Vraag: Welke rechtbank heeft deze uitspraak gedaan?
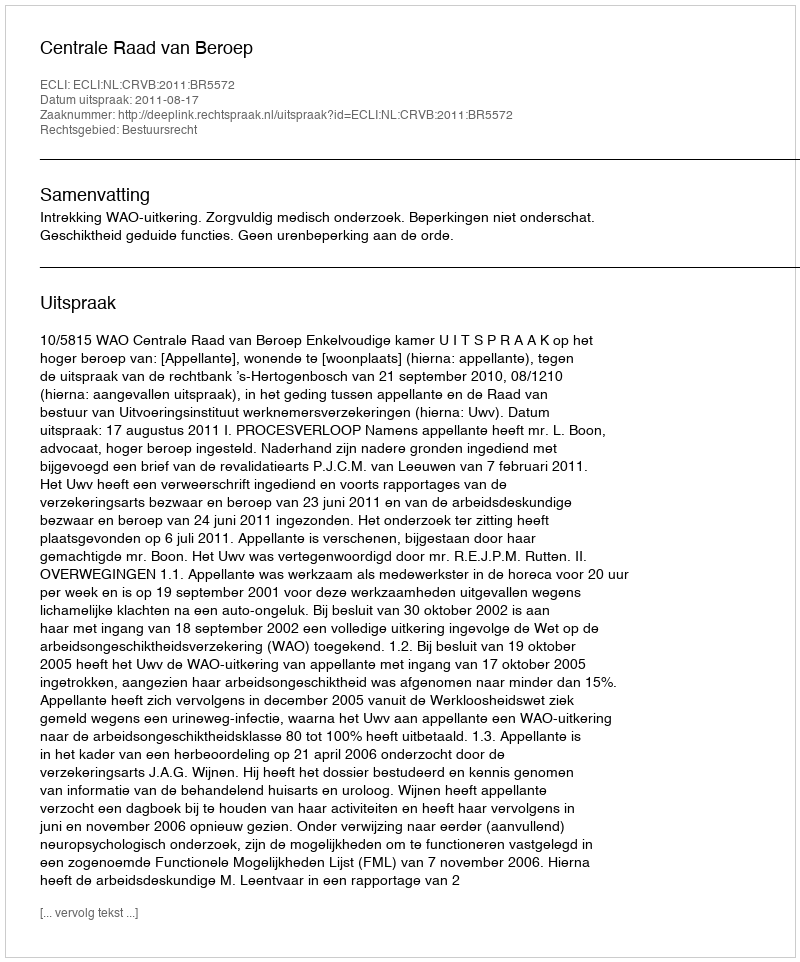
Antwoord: Centrale Raad van Beroep